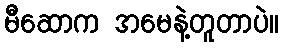
မီဆောက အမေနဲ့တူတာပဲ။